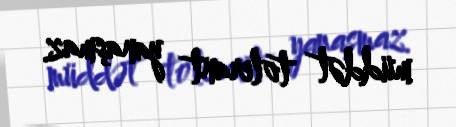
müddət tolerant yanaşmaz.